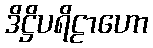
ဒိဋ္ဌိပရိဠာဟော